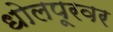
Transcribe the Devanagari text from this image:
धोलपूरवर